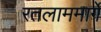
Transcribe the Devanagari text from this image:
रतलाममार्गे